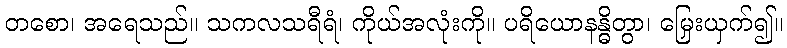
တစော၊ အရေသည်။ သကလသရီရံ၊ ကိုယ်အလုံးကို။ ပရိယောနန္ဓိတွာ၊ မြှေးယှက်၍။